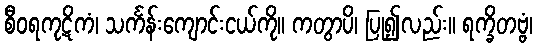
စီဝရကုဋိကံ၊ သင်္ကန်းကျောင်းငယ်ကို။ ကတွာပိ၊ ပြု၍လည်း။ ရက္ခိတဗ္ဗံ၊